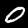
Digit: 0